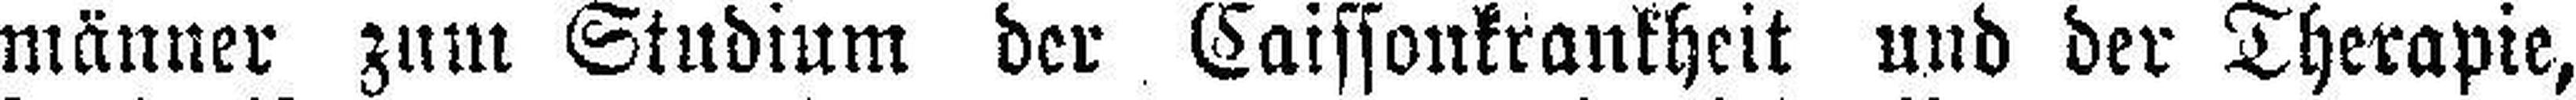
männer znm Studium der Caissonkrankheit und der Therapie,